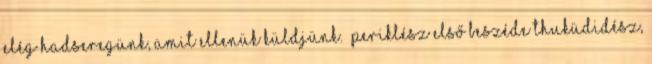
elég hadseregünk, amit ellenük küldjünk.” Periklész első beszéde Thuküdidész,